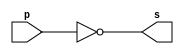
// ------------------------- 
// Exemplo0002 - NOT 
// Nome: Lus Vasconcelos Dias 
// ------------------------- 

// ------------------------- 
// -- not gate 
// ------------------------- 
	module notgate (output s, input p); 
	assign s = ~p; 
	endmodule // notgate
	
// ------------------------- 
// -- test not gate 
// ------------------------- 
	module testnotgate; 
// ------------------------- dados locais 
	reg a; // definir registrador 
			 // (variavel independente) 
	wire s; // definir conexao (fio) 
			  // (variavel dependente ) 
// ------------------------- instancia 
	notgate NOT1 (s, a); 
// ------------------------- preparacao 
	initial begin:start 
	a=0; 
	end 
// ------------------------- parte principal 
	initial begin 
		$display("Exemplo0002 - Lus Vasconcelos Dias - 412753"); 
		$display("Test NOT gate"); 
		$display("\n~a = s\n"); 
		a=0; 
	#1 $display("~%b = %b", a, s); 
		a=1; 
	#1 $display("~%b = %b", a, s); 
	end
	 
	endmodule // testnotgate 
	
// ------------------------- testes
/*
	Test NOT gate

	~a = s

	~0 = 1
	~1 = 0
*/